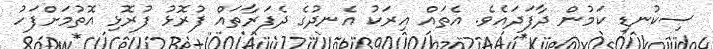
ސިކުނޑި ކަމުން ދާފަދައެވެ. އެތައް އިރަކު އެނދުގެ ދެފަރާތައް ފުރޮޅު ފުރޮޅި އޮތުމަށްފަހު